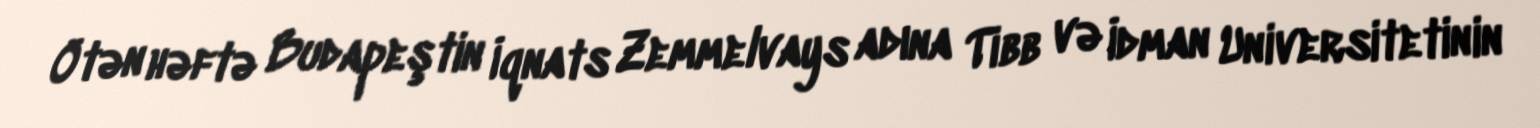
Ötən həftə Budapeştin İqnats Zemmelvays adına Tibb və İdman Universitetinin